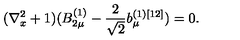
( \nabla _ { x } ^ { 2 } + 1 ) ( B _ { 2 \mu } ^ { ( 1 ) } - \frac { 2 } { \sqrt { 2 } } b _ { \mu } ^ { ( 1 ) [ 1 2 ] } ) = 0 .